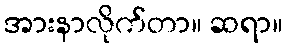
အားနာလိုက်တာ။ ဆရာ။